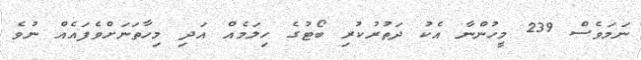
ނަމަވެސް 239 މީހުންނާ އެކު ދަތުރުކުރި ބޯޓުގެ ހިލަމެއް އަދި މިހާތަނަށްވެފައެއް ނުވެ